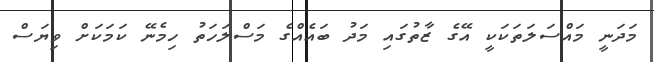
މަދަނީ މައްސަލަތަކަކީ އޭގެ ޒާތުގައި މަދު ބައެއްގެ މަސްލަހަތު ހިމެނޭ ކަމަކަށް ވިޔަސް